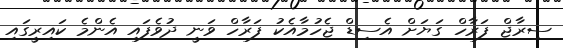
ސިރާޖް ފަރާހް ގަޔަށް އެސިޑް ޖެހުމާއެކު ފަރާހް ވަނީ ދުވެފައި އެންމެ ކައިރީގައި